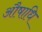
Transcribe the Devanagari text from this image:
औषाधि